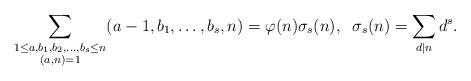
LaTeX: \begin{align*}\sum_{\substack{1 \leq a, b_1, b_2, \ldots, b_s \leq n \\ (a,n)=1}} (a-1,b_1,\ldots, b_s,n)= \varphi(n)\sigma_s(n), \; \; \sigma_s(n) =\displaystyle \sum_{d \mid n} d^s.\end{align*}